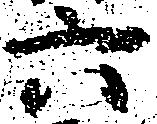
六